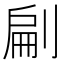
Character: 㓲